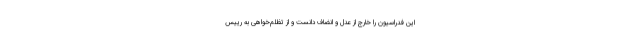
این فدراسیون را خارج از عدل و انضاف دانست و از تظلم‌خواهی به رییس